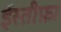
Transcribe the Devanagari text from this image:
ईस्तीफ़ा